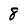
Character: 8